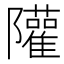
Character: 𨽧